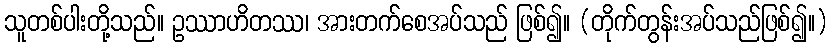
သူတစ်ပါးတို့သည်။ ဥဿာဟိတဿ၊ အားတက်စေအပ်သည် ဖြစ်၍။ (တိုက်တွန်းအပ်သည်ဖြစ်၍။)